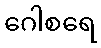
ဂေါစရေ